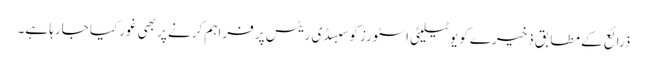
ذرائع کے مطابق ذخیرے کو یوٹیلیٹی اسٹورز کوسبسڈی ریٹس پر فراہم کرنے پر بھی غورکیا جارہا ہے۔